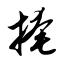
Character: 掩